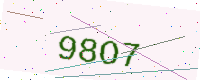
Text: 98O7